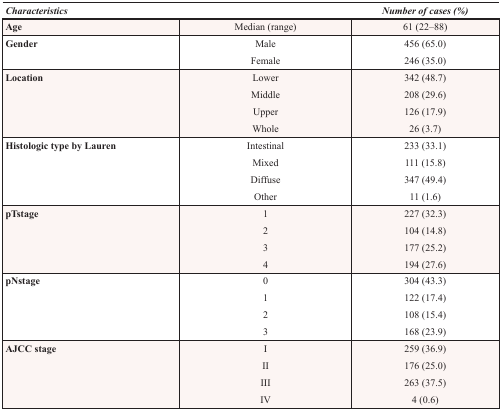
| <COLSPAN=2> Characteristics | Number of cases (%) |
 | --- | --- | --- |
 | Age | Median (range) | 61 (22–88) |
 | Gender | MaleFemale | 456 (65.0)246 (35.0) |
 | Location | LowerMiddleUpperWhole | 342 (48.7)208 (29.6)126 (17.9)26 (3.7) |
 | Histologic type by Lauren | IntestinalMixedDiffuseOther | 233 (33.1)111 (15.8)347 (49.4)11 (1.6) |
 | pTstage | 1234 | 227 (32.3)104 (14.8)177 (25.2)194 (27.6) |
 | pNstage | 0123 | 304 (43.3)122 (17.4)108 (15.4)168 (23.9) |
 | AJCC stage | IIIIIIIV | 259 (36.9)176 (25.0)263 (37.5)4 (0.6) |